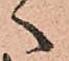
へ